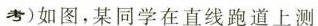
考)如图，某同学在直线跑道上测